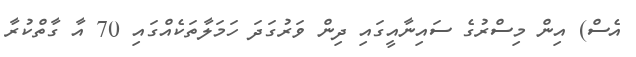
އެސް) އިން މިސްރުގެ ސައިނާއީގައި ދިން ވަރުގަދަ ހަމަލާތަކެއްގައި 70 އާ ގާތްކުރާ